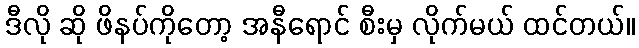
ဒီလို ဆို ဖိနပ်ကိုတော့ အနီရောင် စီးမှ လိုက်မယ် ထင်တယ်။